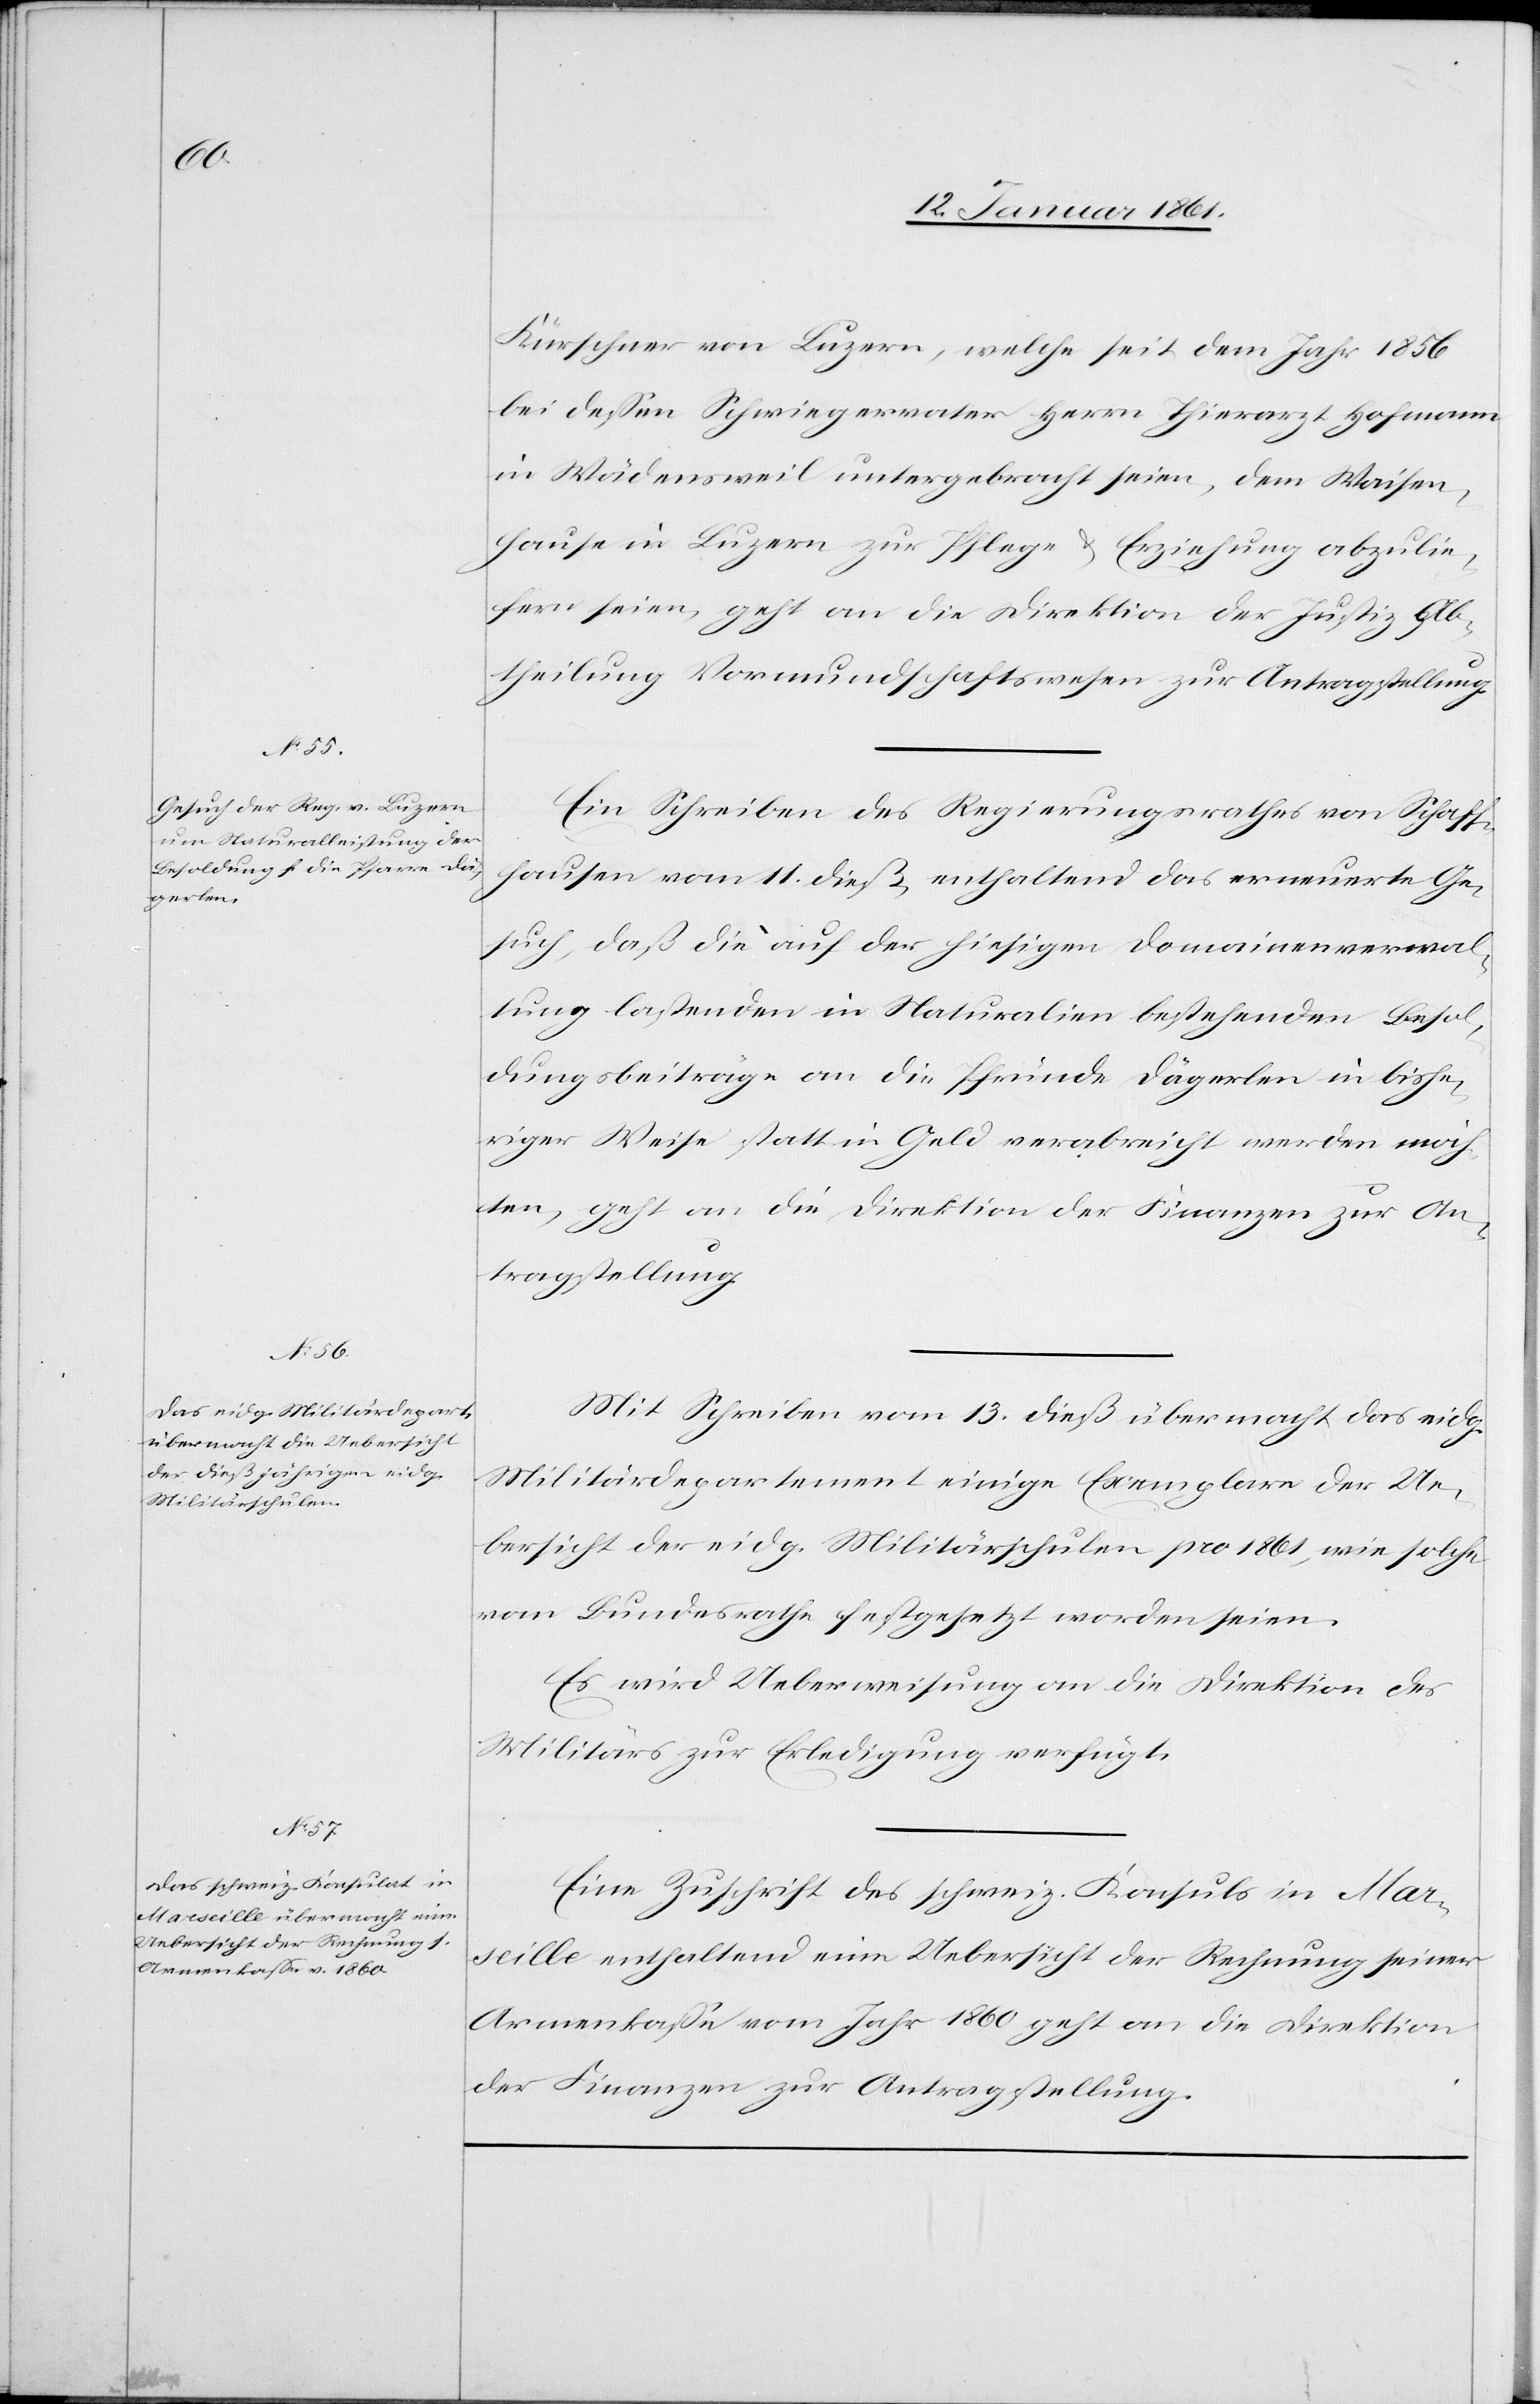
14. Januar 1861.]
Kürschner von Luzern, welche seit dem Jahr 1856
bei dessen Schwiegervater Herrn Thierarzt Hofmann
in Wädensweil untergebracht seien, dem Waisen¬
hause in Luzern zur Pflege u. Erziehung abzulie¬
fern seien, geht an die Direktion der Justiz, Ab¬
theilung Vormundschaftswesen zur Antragstellung.
Ein Schreiben des Regierungsrathes von Schaff¬
hausen vom 11. dieß enthaltend das erneuerte Ge¬
such, daß die auf der hiesigen Domainenverwal¬
tung lastenden in Naturalien bestehenden Besol¬
dungsbeiträge an die Pfründe Dägerlen in bishe¬
riger Weise statt in Geld verabreicht werden möch¬
ten, geht an die Direktion der Finanzen zur An¬
tragstellung.
Mit Schreiben vom 13. dieß übermacht das eidg.
Militärdepartement einige Exemplare der Ue¬
bersicht der eidg. Militärschulen pro 1861, wie solche
vom Bundesrathe festgesetzt worden seien.
Es wird Ueberweisung an die Direktion des
Militärs zur Erledigung verfügt.
Eine Zuschrift des schweiz. Konsuls in Mar¬
seille enthaltend eine Uebersicht der Rechnung seiner
Armenkasse vom Jahr 1860 geht an die Direktion
der Finanzen zur Antragstellung.